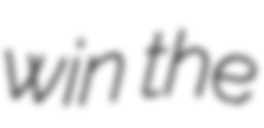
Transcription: win the